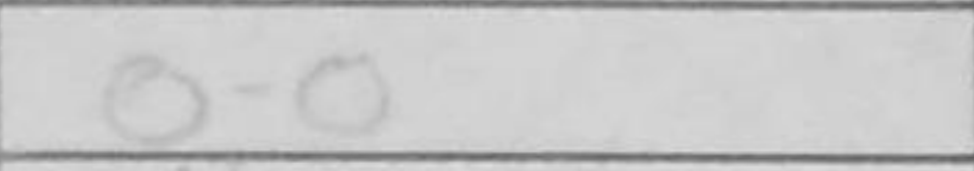
Transcription: O-O